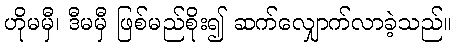
ဟိုမမှီ၊ ဒီမမှီ ဖြစ်မည်စိုး၍ ဆက်လျှောက်လာခဲ့သည်။